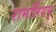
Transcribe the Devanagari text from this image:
रामलिंगम्